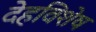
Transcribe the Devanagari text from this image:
देहविशेष